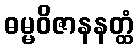
ဓမ္မဝိဇာနနတ္ထံ